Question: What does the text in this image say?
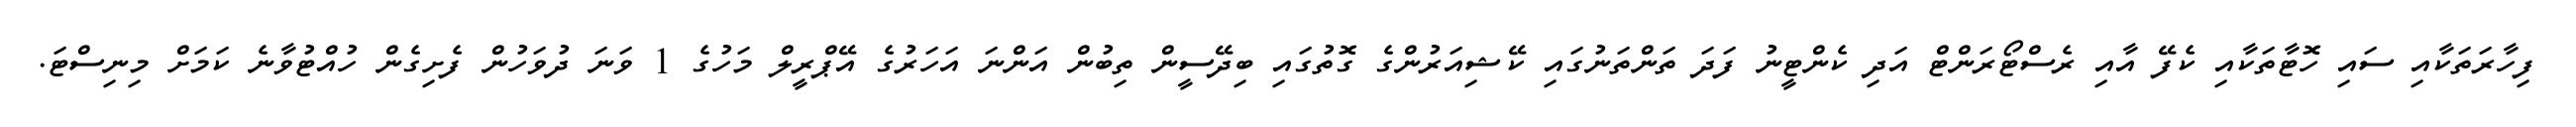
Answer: ފިހާރަތަކާއި ސައި ހޮޓާތަކާއި ކެފޭ އާއި ރެސްޓޯރަންޓް އަދި ކެންޓީނު ފަދަ ތަންތަނުގައި ކޭޝިއަރުންގެ ގޮތުގައި ބިދޭސީން ތިބުން އަންނަ އަހަރުގެ އޭޕްރީލް މަހުގެ 1 ވަނަ ދުވަހުން ފެށިގެން ހުއްޓުވާނެ ކަމަށް މިނިސްޓަ.